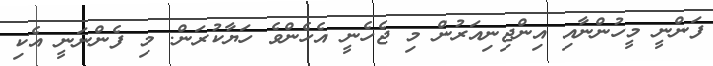
ފަންނީ މީހުންނާއި އިންޖިނިއަރުން މި ޖެހެނީ އެހެންވެ ހަޔާކުރަން. މި ފެންނަނީ އެކި